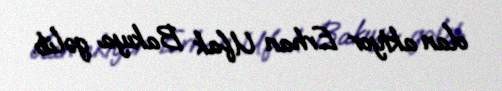
olan aktyor Erhan Ufak Bakıya gəlib.